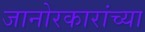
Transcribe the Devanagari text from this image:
जानोरकारांच्या